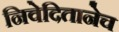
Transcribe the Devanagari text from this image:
निवेदितानेच